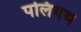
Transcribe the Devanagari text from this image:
पलियथ